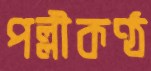
পল্লীকণ্ঠ